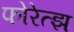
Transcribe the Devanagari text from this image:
फोरेत्झ